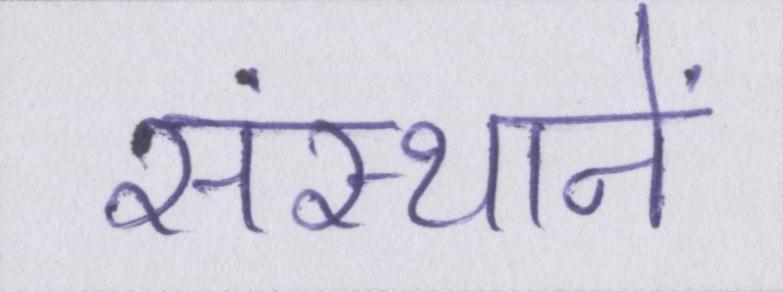
संस्थानें